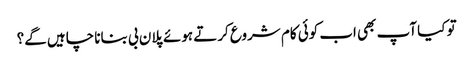
تو کیا آپ بھی اب کوئی کام شروع کرتے ہوئے پلان بی بنانا چاہیں گے؟